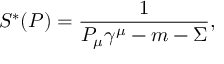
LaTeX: S ^ { * } ( P ) = \frac { 1 } { P _ { \mu } \gamma ^ { \mu } - m - \Sigma } ,